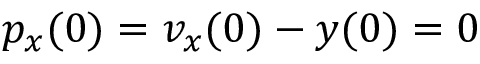
p _ { x } ( 0 ) = v _ { x } ( 0 ) - y ( 0 ) = 0